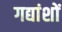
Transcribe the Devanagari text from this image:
गद्यांशों